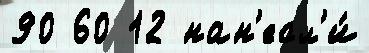
90 60 12 нан'есл'и́